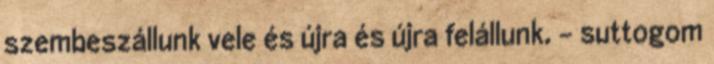
szembeszállunk vele és újra és újra felállunk. – suttogom